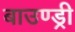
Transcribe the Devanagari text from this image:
बाउण्ड्री